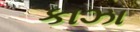
કાઝા